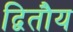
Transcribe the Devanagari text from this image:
द्वितौय